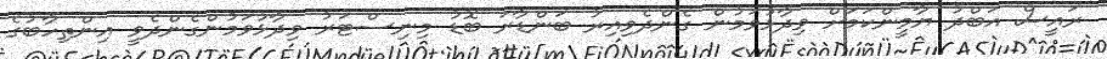
ރައީސް އަބްދު ޔާމީންކަމަށް ވިދާޅުވަމުން ގެންދެވިއިރު ބަންޑާރަ ބޮޑު މިނިސްޓަރު ވިދާޅުވަމުންގެންދެވީ އިންތިހާބުގެ